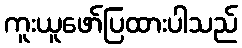
ကူးယူဖော်ပြထားပါသည်